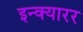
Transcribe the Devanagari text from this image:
इन्क्यारर